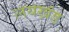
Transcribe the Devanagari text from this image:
लयखंड